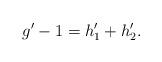
LaTeX: \begin{align*} g'-1=h'_1+h'_2.\end{align*}